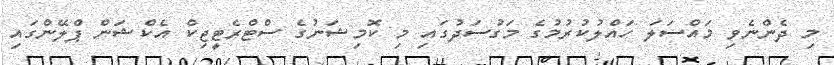
މި ދެންނެވި މައްސަލަ ހައްލުކުރުމުގެ މަގުސަދުގައި މި ކޮމިޝަނުގެ ސްޓްރެޓީޖިކް އެކްޝަން ޕްލޭންގައި